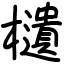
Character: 𣟧